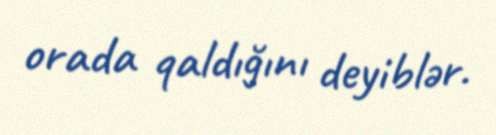
orada qaldığını deyiblər.